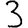
Digit: 3